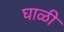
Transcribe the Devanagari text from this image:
घाळी